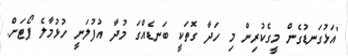
"އަޅުގަނޑުގެން މީގެކުރިން މި ހަދާ ގޮތަކީ ބަނޑެއްގަ މުދާ އުފުލަނީ ހުޅުމާލެ ޕޯޓަށް.